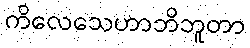
ကိလေသေဟာဘိဘူတာ